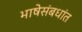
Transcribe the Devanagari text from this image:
भाषेसंबधांत